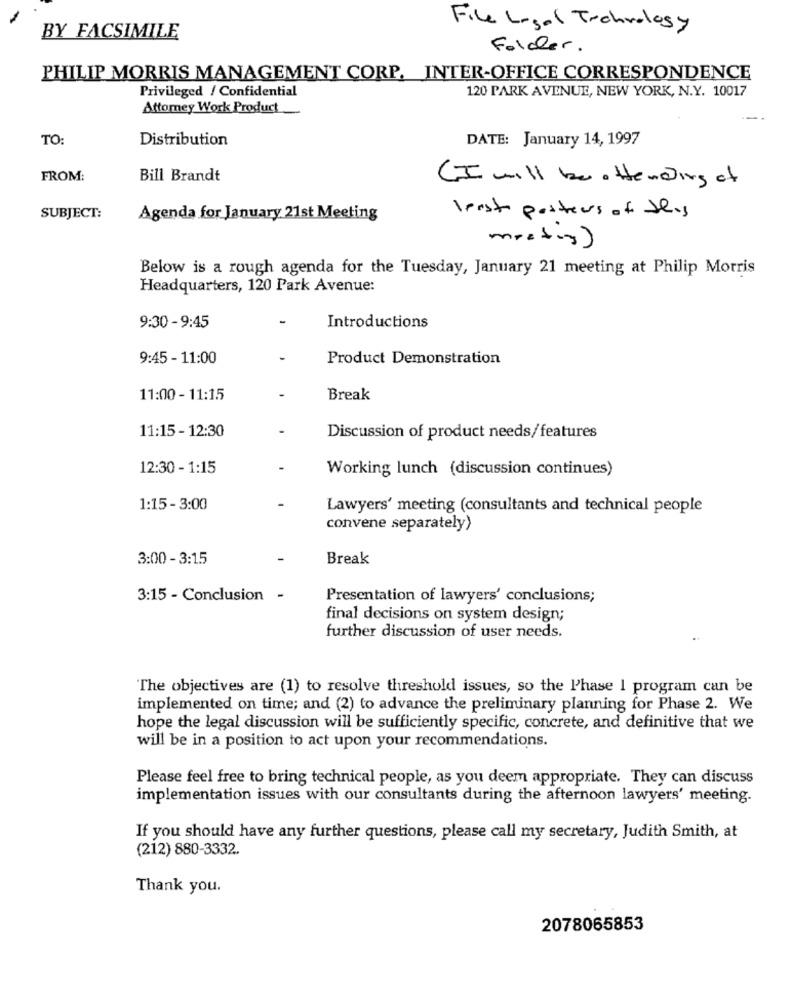
File Legal Technology
BY FACSIMILE
Folder.
PHILIP MORRIS MANAGEMENT CORP, INTER-OFFICE CORRESPONDENCE
Privileged / Confidential
120 PARK AVENUE, NEW YORK, N.Y. 10017
Attorney Work Product
TO
Distribution
DATE: January 14, 1997
FROM:
Bill Brandt
(I will be attending of
SUBJECT:
Agenda for January 21st Meeting
least posteurs of this
meeting)
Below is a rough agenda for the Tuesday, January 21 meeting at Philip Morris
Headquarters, 120 Park Avenue:
9:30 - 9:45
Introductions
9:45 - 11:00
Product Demonstration
11:00 - 11:15
Break
11:15 - 12:30
Discussion of product needs/features
12:30 - 1:15
Working lunch (discussion continues)
1:15 - 3:00
Lawyers' meeting (consultants and technical people
convene separately)
3:00 - 3:15
Break
3:15 - Conclusion -
Presentation of lawyers' conclusions;
final decisions on system design;
further discussion of user needs.
The objectives are (1) to resolve threshold issues, so the Phase 1 program can be
implemented on time; and (2) to advance the preliminary planning for Phase 2. We
hope the legal discussion will be sufficiently specific, concrete, and definitive that we
will be in a position to act upon your recommendations.
Please feel free to bring technical people, as you deem appropriate. They can discuss
implementation issues with our consultants during the afternoon lawyers' meeting.
If you should have any further questions, please call my secretary, Judith Smith, at
(212) 880-3332.
Thank you.
2078065853